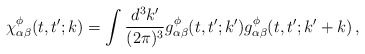
\begin{align*}\chi^{\phi}_{\alpha\beta}(t,t';k)=\int\frac{d^3k'}{(2\pi)^3}g^{\phi}_{\alpha\beta}(t,t';k')g^{\phi}_{\alpha\beta}(t,t';k'+k)\,,\end{align*}